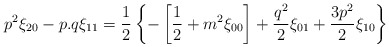
\begin{align*}p^2\xi_{20} - p.q\xi_{11} = {1\over 2} \left\{-\left[{1\over 2} + m^2 \xi_{00}\right] + {q^2\over 2} \xi_{01} + {3p^2\over 2} \xi_{10}\right\}\end{align*}